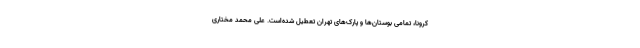
کرونا، تمامی بوستان‌ها و پارک‌های تهران تعطیل شده‌است. علی محمد مختاری